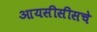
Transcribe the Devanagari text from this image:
आयसीसीसचे